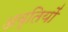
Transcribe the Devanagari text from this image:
अवृतियों